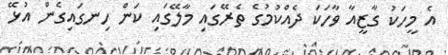
އެ މީހަކު ގާޒީއާ ވާހަކަ ދެއްކުމުގެ ތެރޭގައި މާލޭގައި ކަން ހިނގައިގެން އުޅޭ